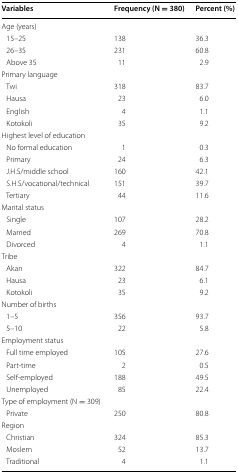
<table><thead><tr><td><b>Variables</b></td><td><b>Frequency (N = 380)</b></td><td><b>Percent (%)</b></td></tr></thead><tbody><tr><td colspan="3">Age (years)</td></tr><tr><td> 15–25</td><td>138</td><td>36.3</td></tr><tr><td> 26–35</td><td>231</td><td>60.8</td></tr><tr><td> Above 35</td><td>11</td><td>2.9</td></tr><tr><td colspan="3">Primary language</td></tr><tr><td> Twi</td><td>318</td><td>83.7</td></tr><tr><td> Hausa</td><td>23</td><td>6.0</td></tr><tr><td> English</td><td>4</td><td>1.1</td></tr><tr><td> Kotokoli</td><td>35</td><td>9.2</td></tr><tr><td colspan="3">Highest level of education</td></tr><tr><td> No formal education</td><td>1</td><td>0.3</td></tr><tr><td> Primary</td><td>24</td><td>6.3</td></tr><tr><td> J.H.S/middle school</td><td>160</td><td>42.1</td></tr><tr><td> S.H.S/vocational/technical</td><td>151</td><td>39.7</td></tr><tr><td> Tertiary</td><td>44</td><td>11.6</td></tr><tr><td colspan="3">Marital status</td></tr><tr><td> Single</td><td>107</td><td>28.2</td></tr><tr><td> Married</td><td>269</td><td>70.8</td></tr><tr><td> Divorced</td><td>4</td><td>1.1</td></tr><tr><td colspan="3">Tribe</td></tr><tr><td> Akan</td><td>322</td><td>84.7</td></tr><tr><td> Hausa</td><td>23</td><td>6.1</td></tr><tr><td> Kotokoli</td><td>35</td><td>9.2</td></tr><tr><td colspan="3">Number of births</td></tr><tr><td> 1–5</td><td>356</td><td>93.7</td></tr><tr><td> 5–10</td><td>22</td><td>5.8</td></tr><tr><td colspan="3">Employment status</td></tr><tr><td> Full time employed</td><td>105</td><td>27.6</td></tr><tr><td> Part-time</td><td>2</td><td>0.5</td></tr><tr><td> Self-employed</td><td>188</td><td>49.5</td></tr><tr><td> Unemployed</td><td>85</td><td>22.4</td></tr><tr><td colspan="3">Type of employment (N = 309)</td></tr><tr><td> Private</td><td>250</td><td>80.8</td></tr><tr><td colspan="3">Region</td></tr><tr><td> Christian</td><td>324</td><td>85.3</td></tr><tr><td> Moslem</td><td>52</td><td>13.7</td></tr><tr><td> Traditional</td><td>4</td><td>1.1</td></tr></tbody></table>